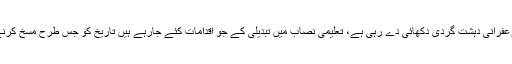
آج ملک میں جو فرقہ پرستی، زعفرانی دہشت گردی دکھائی دے رہی ہے، تعلیمی نصاب میں تبدیلی کے جو اقدامات کئے جارہے ہیں تاریخ کو جس طرح مسخ کرنے کے ایجنڈہ پر کام ہو رہا ہے۔